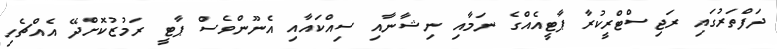
ދަފްތަރުގައި ރަޖިސްޓްރީކުރާ ޕާޓީއެއްގެ ނަމާއި ނިޝާނާއި ސިއްކައާއި އެނޫންވެސް ޕާޓީ ރަމުޒުކޮށްދޭ އެއްޗެހި